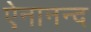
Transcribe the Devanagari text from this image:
ऐनानन्द